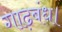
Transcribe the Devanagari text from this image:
गाढ़बंध।